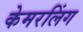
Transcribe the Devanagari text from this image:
केमरलिंग